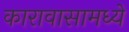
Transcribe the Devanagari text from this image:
कारावासामध्ये